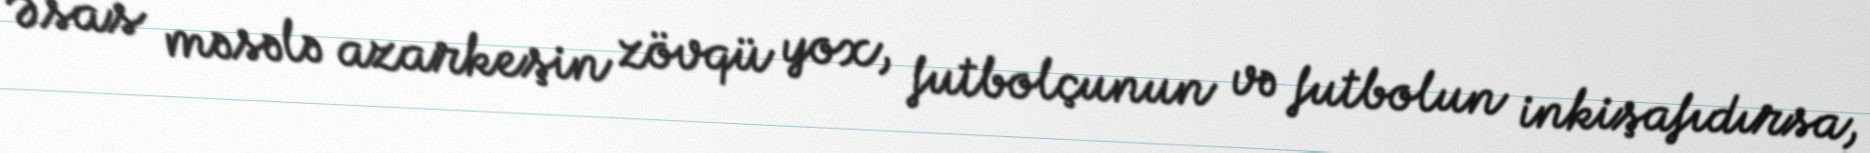
Əsas məsələ azarkeşin zövqü yox, futbolçunun və futbolun inkişafıdırsa,